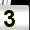
Digit: 3